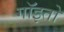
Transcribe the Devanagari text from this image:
गॉइतो